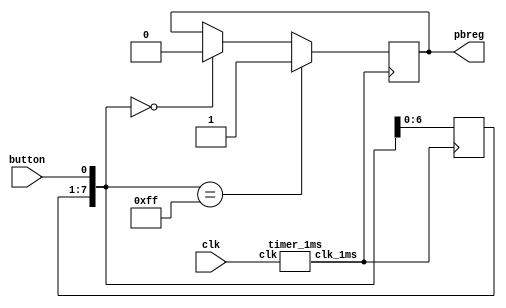
`timescale 1ns / 1ps
//////////////////////////////////////////////////////////////////////////////////
// Company: 
// Engineer: 
// 
// Design Name: 
// Module Name:    pbdebounce 
// Project Name: 
// Target Devices: 
// Tool versions: 
// Description: 
//
// Dependencies: 
//
// Revision: 
// Revision 0.01 - File Created
// Additional Comments: 
//
//////////////////////////////////////////////////////////////////////////////////
module pbdebounce(
	input wire clk,
	input wire button,
	output reg pbreg);
	
	reg [7:0] pbshift;
	wire clk_1ms;
	timer_1ms m0(clk, clk_1ms);
	always@(posedge clk_1ms) begin
		pbshift=pbshift<<1;//1
		pbshift[0]=button;
		if (pbshift==0)
			pbreg=0;
		if (pbshift==8'hFF)// pbshift1
			pbreg=1;
	end
endmodule

module timer_1ms
	(input wire clk,
	output reg clk_1ms);
	
	reg [31:0] cnt;
	initial begin
	cnt [31:0] <=0;
	clk_1ms <= 0;
	end
	always@(posedge clk)
	if(cnt>=5000) begin
	cnt<=0;
	clk_1ms <= ~clk_1ms;
	end
	else begin
	cnt<=cnt+1;
	end
endmodule